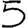
Digit: 5